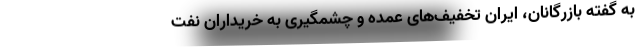
به گفته بازرگانان، ایران تخفیف‌های عمده و چشمگیری به خریداران نفت